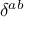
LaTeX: \delta ^ { a b }